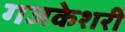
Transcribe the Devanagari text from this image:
गजकेशरी